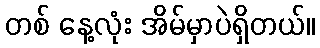
တစ် နေ့လုံး အိမ်မှာပဲရှိတယ်။